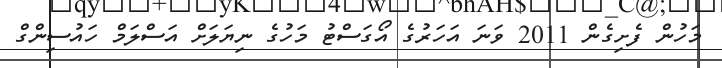
މަހުން ފެށިގެން 2011 ވަނަ އަހަރުގެ އޯގަސްޓު މަހުގެ ނިޔަލަށް އަސްްލަމް ހައުސިންގް